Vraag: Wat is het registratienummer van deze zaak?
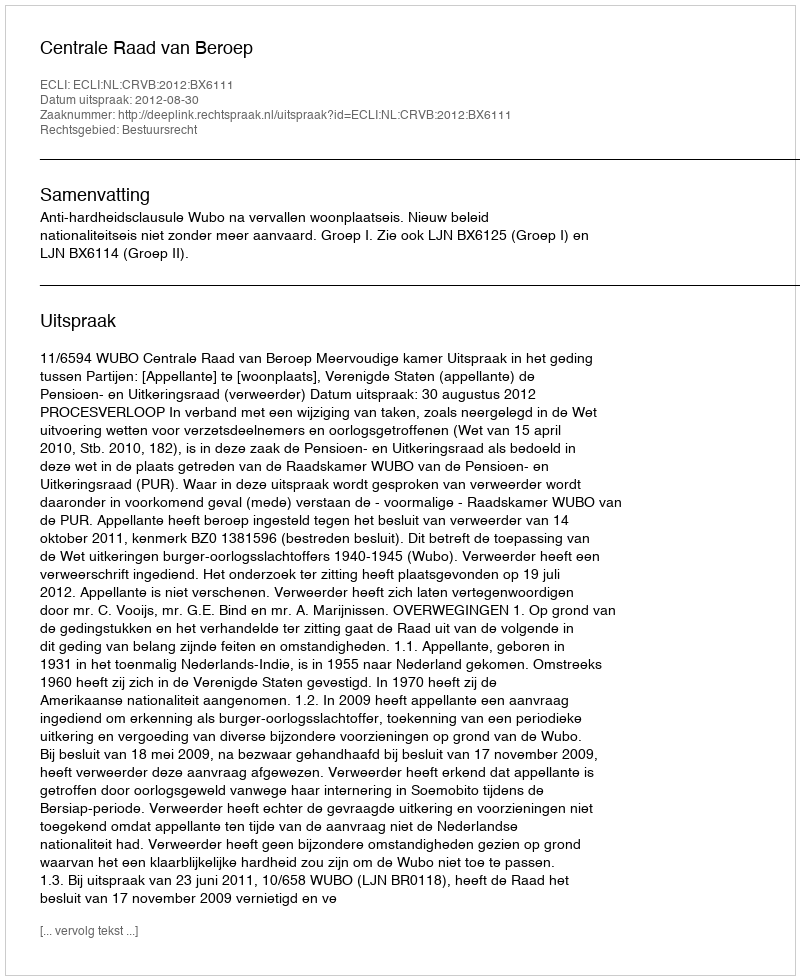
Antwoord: http://deeplink.rechtspraak.nl/uitspraak?id=ECLI:NL:CRVB:2012:BX6111